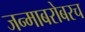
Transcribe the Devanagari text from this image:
जन्माबरोबरच